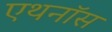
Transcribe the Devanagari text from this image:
एथनॉस